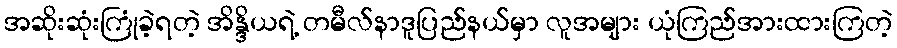
အဆိုးဆုံးကြုံခဲ့ရတဲ့ အိန္ဒိယရဲ့ တမီလ်နာဒူပြည်နယ်မှာ လူအများ ယုံကြည်အားထားကြတဲ့